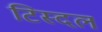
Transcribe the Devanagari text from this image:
टिस्दल